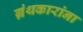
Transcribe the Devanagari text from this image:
ग्रंथकारांना